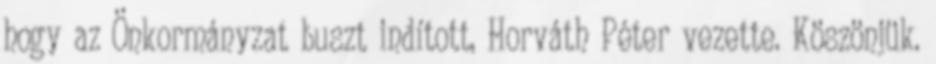
hogy az Önkormányzat buszt indított, Horváth Péter vezette. Köszönjük.